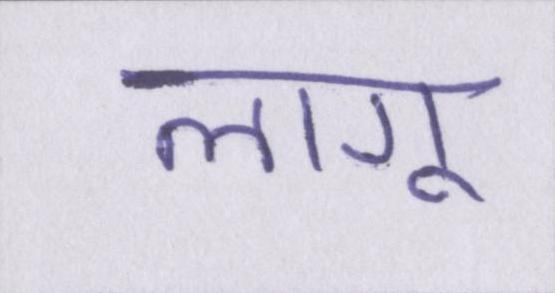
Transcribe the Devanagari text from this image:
लागू